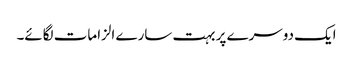
ایک دوسرے پر بہت سارے الزامات لگائے۔